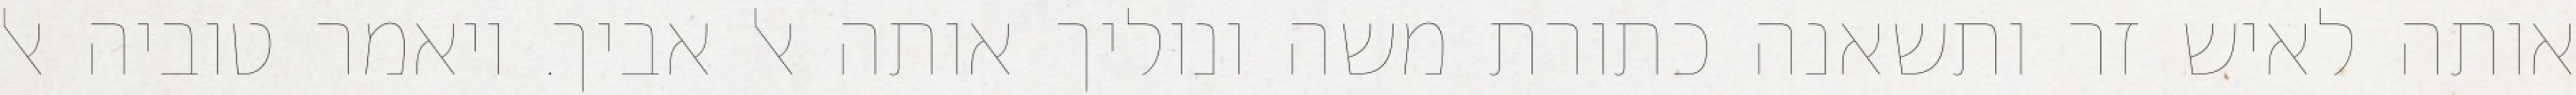
אותה לאיש זר ותשאנה כתורת משה ונוליך אותה אל אביך. ויאמר טוביה אל